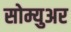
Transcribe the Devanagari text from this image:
सोम्युअर